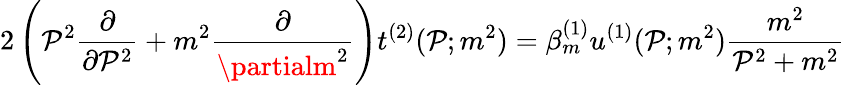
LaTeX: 2\left(\mathcal{P}^{2}\frac{{\partial}}{{\partial\mathcal{P}^{2}}}+m^{2}\frac{{\partial}}{{\partialm^{2}}}\right)t^{(2)}(\mathcal{P};m^{2})=\beta_{m}^{(1)}u^{(1)}(\mathcal{P};m^{2})\frac{{m^{2}}}{{\mathcal{P}^{2}+m^{2}}}